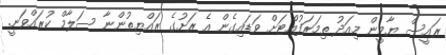
ރައީސް ޔާމީން މިއަދު ތިމަރަފުއްޓަށް ވަޑައިގެން އެ ރަށުގެ ރައްޔިތުންނާ ސަލާމް ކުރައްވަނީ.